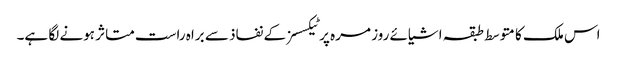
اس ملک کا متوسط طبقہ اشیائے روز مرہ پر ٹیکسسز کے نفاذ سے براہ راست متاثر ہونے لگا ہے۔